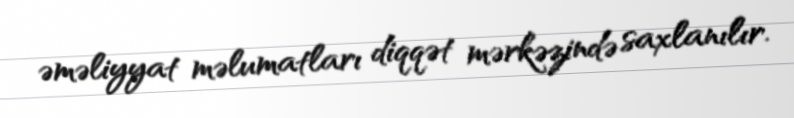
əməliyyat məlumatları diqqət mərkəzində saxlanılır.